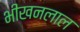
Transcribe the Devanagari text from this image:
भीखनलाल